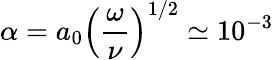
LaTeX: \alpha=a_{0}\left(\frac{\omega}{\nu}\right)^{1/2}\simeq 10^{-3}